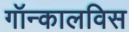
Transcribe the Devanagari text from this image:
गॉन्कालविस